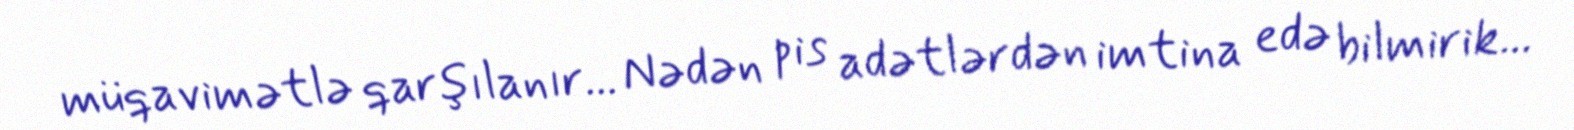
müqavimətlə qarşılanır... Nədən pis adətlərdən imtina edə bilmirik...